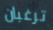
ترغبان